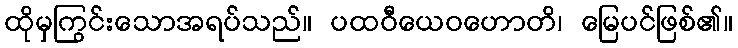
ထိုမှကြွင်းသောအရပ်သည်။ ပထဝီယေဝဟောတိ၊ မြေပင်ဖြစ်၏။